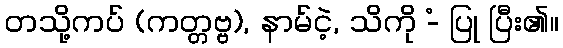
တသို့ကပ် (ကတ္တဗ္ဗ), နာမ်ငဲ့, သိကို -ံ ပြု ပြီး၏။